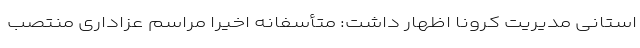
استانی مدیریت کرونا اظهار داشت: متأسفانه اخیراً مراسم عزاداری منتصب